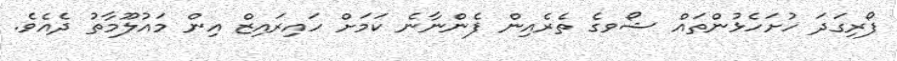
ފޯރިގަދަ ހުށަހެޅުންތައް ޝޯވގެ ތެރެއިން ފެންނާނެ ކަމަށް ހައިރައިޒް އިން މައުލޫމާތު ދެއެވެ.